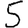
Digit: 5